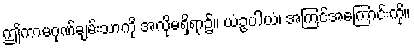
ဤကာမဂုဏ်ချမ်းသာကို အလိုမရှိရာ၌။ ယံဥပါယံ၊ အကြင်အကြောင်းကို။